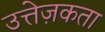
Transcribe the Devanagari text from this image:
उत्तेज़कता